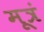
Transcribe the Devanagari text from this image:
मूत्रं